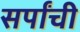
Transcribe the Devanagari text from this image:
सर्पांची